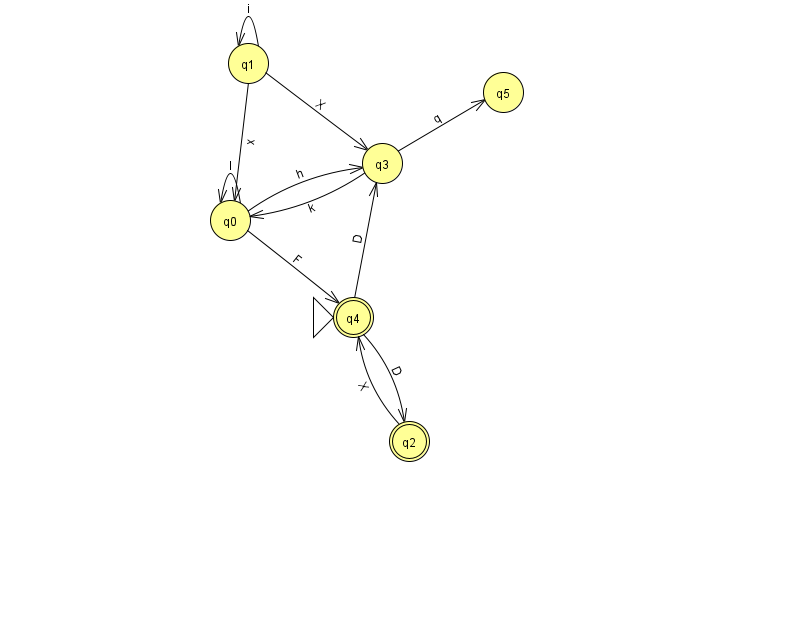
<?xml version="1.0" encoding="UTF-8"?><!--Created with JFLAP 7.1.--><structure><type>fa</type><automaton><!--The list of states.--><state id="0" name="q0"><x>230.0</x><y>207.0</y></state><state id="1" name="q1"><x>248.0</x><y>50.0</y></state><state id="2" name="q2"><x>409.0</x><y>428.0</y><final/></state><state id="3" name="q3"><x>382.0</x><y>150.0</y></state><state id="4" name="q4"><x>353.0</x><y>304.0</y><initial/><final/></state><state id="5" name="q5"><x>503.0</x><y>79.0</y></state><!--The list of transitions.--><transition><from>3</from><to>0</to><read>k</read></transition><transition><from>1</from><to>0</to><read>x</read></transition><transition><from>0</from><to>3</to><read>h</read></transition><transition><from>2</from><to>4</to><read>X</read></transition><transition><from>3</from><to>5</to><read>q</read></transition><transition><from>4</from><to>3</to><read>D</read></transition><transition><from>4</from><to>2</to><read>D</read></transition><transition><from>1</from><to>1</to><read>i</read></transition><transition><from>1</from><to>3</to><read>X</read></transition><transition><from>0</from><to>0</to><read>l</read></transition><transition><from>0</from><to>4</to><read>F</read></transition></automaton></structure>